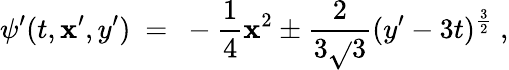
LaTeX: \psi^{\prime}(t,\mathbf{x}^{\prime},y^{\prime})\ =\ -\frac{1}{4}\mathbf{x}^{2}\pm\frac{{2}}{{3\sqrt{}{{3}}}}(y^{\prime}-3t)^{\frac{3}{2}}~,